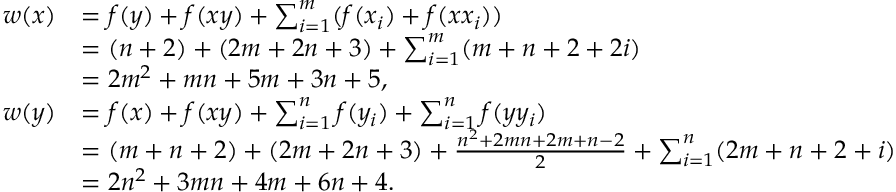
\begin{array} { r l } { w ( x ) } & { = f ( y ) + f ( x y ) + \sum _ { i = 1 } ^ { m } ( f ( x _ { i } ) + f ( x x _ { i } ) ) } \\ & { = ( n + 2 ) + ( 2 m + 2 n + 3 ) + \sum _ { i = 1 } ^ { m } ( m + n + 2 + 2 i ) } \\ & { = 2 m ^ { 2 } + m n + 5 m + 3 n + 5 , } \\ { w ( y ) } & { = f ( x ) + f ( x y ) + \sum _ { i = 1 } ^ { n } f ( y _ { i } ) + \sum _ { i = 1 } ^ { n } f ( y y _ { i } ) } \\ & { = ( m + n + 2 ) + ( 2 m + 2 n + 3 ) + \frac { n ^ { 2 } + 2 m n + 2 m + n - 2 } { 2 } + \sum _ { i = 1 } ^ { n } ( 2 m + n + 2 + i ) } \\ & { = 2 n ^ { 2 } + 3 m n + 4 m + 6 n + 4 . } \end{array}